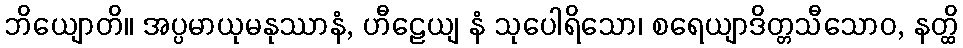
ဘိယျောတိ။ အပ္ပမာယုမနုဿာနံ, ဟီဠေယျ နံ သုပေါရိသော၊ စရေယျာဒိတ္တသီသောဝ, နတ္ထိ